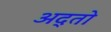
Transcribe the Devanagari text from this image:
अद्तो